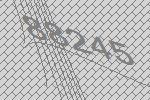
88245